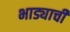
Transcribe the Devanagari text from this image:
भाड्याची